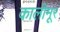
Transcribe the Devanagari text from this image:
कालीमूर